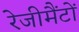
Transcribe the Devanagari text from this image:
रेजीमैंटों